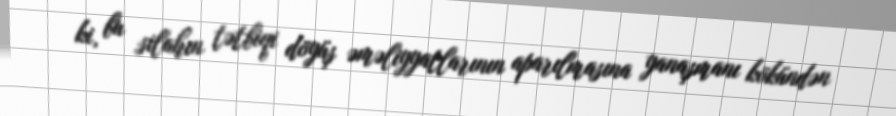
ki, bu silahın tətbiqi döyüş əməliyyatlarının aparılmasına yanaşmanı kökündən